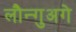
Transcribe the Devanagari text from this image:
लौन्गुअगे